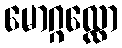
မောဂ္ဂလ္လော